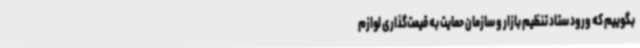
بگوییم که ورود ستاد تنظیم بازار و سازمان حمایت به قیمت‌گذاری لوازم